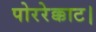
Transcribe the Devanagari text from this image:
पोररेक्काट।